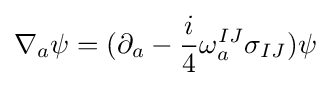
\nabla _{a}\psi =(\partial _{a}-{i \over 4}\omega _{a}^{IJ}\sigma _{IJ})\psi